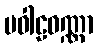
ပဝါဠဝဏ္ဏာ